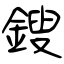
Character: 鎪